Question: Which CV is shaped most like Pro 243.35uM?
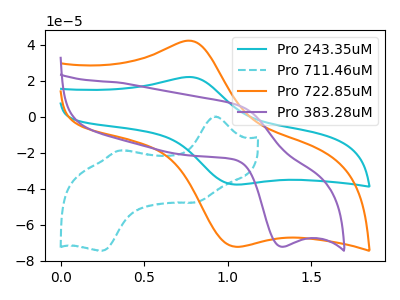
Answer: <think>The cyan curve "Pro 243.35uM" has an anodic peak at (0.80V, 21.85uA) and a cathodic peak at (1.05V, -37.65uA). The cyan dashed curve "Pro 711.46uM" has anodic peaks at (0.95V, 0.05uA) (0.35V, -18.80uA) and cathodic peaks at (0.80V, -47.55uA) (0.25V, -74.40uA). The orange curve "Pro 722.85uM" has an anodic peak at (0.80V, 41.90uA) and a cathodic peak at (1.05V, -72.15uA). The purple curve "Pro 383.28uM" has an anodic peak at (1.05V, 6.05uA) and a cathodic peak at (1.30V, -72.15uA).
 "Pro 243.35uM" and "Pro 711.46uM" have a different number of peaks. All the peaks in "Pro 243.35uM" have a peak in "Pro 722.85uM" at the same potential. Every peak in "Pro 243.35uM" is lower than every peak in "Pro 722.85uM". "Pro 243.35uM" and "Pro 383.28uM" have at least one peak that do not match. "Pro 711.46uM" and "Pro 722.85uM" have a different number of peaks. "Pro 711.46uM" and "Pro 383.28uM" have a different number of peaks. "Pro 722.85uM" and "Pro 383.28uM" have at least one peak that do not match.</think>
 <answer>The CV with the most similar shape to "Pro 722.85uM" is "Pro 243.35uM".</answer>
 <eval>"Pro 243.35uM"</eval>